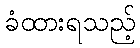
ခံထားရသည့်